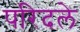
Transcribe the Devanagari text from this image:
परिदले